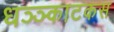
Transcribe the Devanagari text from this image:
धञ्ञ्काटकस